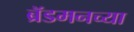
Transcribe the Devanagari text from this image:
ब्रॅडमनच्या